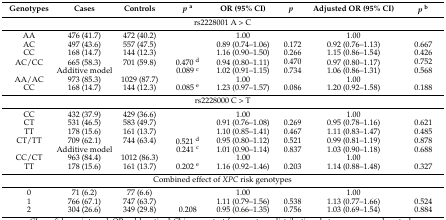
<table><thead><tr><td><b>Genotypes</b></td><td><b>Cases</b></td><td><b>Controls</b></td><td><b><i>p</i><sup>a</sup></b></td><td><b>OR (95% CI)</b></td><td><b><i>p</i></b></td><td><b>Adjusted OR (95% CI)</b></td><td><b><i>p</i><sup>b</sup></b></td></tr></thead><tbody><tr><td colspan="8">rs2228001 A &gt; C</td></tr><tr><td>AA</td><td>476 (41.7)</td><td>472 (40.2)</td><td></td><td>1.00</td><td></td><td>1.00</td><td></td></tr><tr><td>AC</td><td>497 (43.6)</td><td>557 (47.5)</td><td></td><td>0.89 (0.74–1.06)</td><td>0.172</td><td>0.92 (0.76–1.13)</td><td>0.667</td></tr><tr><td>CC</td><td>168 (14.7)</td><td>144 (12.3)</td><td></td><td>1.16 (0.90–1.50)</td><td>0.266</td><td>1.15 (0.86–1.54)</td><td>0.426</td></tr><tr><td>AC/CC</td><td>665 (58.3)</td><td>701 (59.8)</td><td>0.470 <sup>d</sup></td><td>0.94 (0.80–1.11)</td><td>0.470</td><td>0.97 (0.80–1.17)</td><td>0.752</td></tr><tr><td colspan="3">Additive model</td><td>0.089 <sup>c</sup></td><td>1.02 (0.91–1.15)</td><td>0.734</td><td>1.06 (0.86–1.31)</td><td>0.568</td></tr><tr><td>AA/AC</td><td>973 (85.3)</td><td>1029 (87.7)</td><td></td><td>1.00</td><td></td><td>1.00</td><td></td></tr><tr><td>CC</td><td>168 (14.7)</td><td>144 (12.3)</td><td>0.085 <sup>e</sup></td><td>1.23 (0.97–1.57)</td><td>0.086</td><td>1.20 (0.92–1.58)</td><td>0.188</td></tr><tr><td colspan="8">rs2228000 C &gt; T</td></tr><tr><td>CC</td><td>432 (37.9)</td><td>429 (36.6)</td><td></td><td>1.00</td><td></td><td>1.00</td><td></td></tr><tr><td>CT</td><td>531 (46.5)</td><td>583 (49.7)</td><td></td><td>0.91 (0.76–1.08)</td><td>0.269</td><td>0.95 (0.78–1.16)</td><td>0.621</td></tr><tr><td>TT</td><td>178 (15.6)</td><td>161 (13.7)</td><td></td><td>1.10 (0.85–1.41)</td><td>0.467</td><td>1.11 (0.83–1.47)</td><td>0.485</td></tr><tr><td>CT/TT</td><td>709 (62.1)</td><td>744 (63.4)</td><td>0.521 <sup>d</sup></td><td>0.95 (0.80–1.12)</td><td>0.521</td><td>0.99 (0.81–1.19)</td><td>0.878</td></tr><tr><td colspan="3">Additive model</td><td>0.241 <sup>c</sup></td><td>1.01 (0.90–1.14)</td><td>0.837</td><td>1.03 (0.90–1.18)</td><td>0.688</td></tr><tr><td>CC/CT</td><td>963 (84.4)</td><td>1012 (86.3)</td><td></td><td>1.00</td><td></td><td>1.00</td><td></td></tr><tr><td>TT</td><td>178 (15.6)</td><td>161 (13.7)</td><td>0.202 <sup>e</sup></td><td>1.16 (0.92–1.46)</td><td>0.203</td><td>1.14 (0.88–1.48)</td><td>0.327</td></tr><tr><td colspan="8">Combined effect of <i>XPC</i> risk genotypes</td></tr><tr><td>0</td><td>71 (6.2)</td><td>77 (6.6)</td><td></td><td>1.00</td><td></td><td>1.00</td><td></td></tr><tr><td>1</td><td>766 (67.1)</td><td>747 (63.7)</td><td></td><td>1.11 (0.79–1.56)</td><td>0.538</td><td>1.13 (0.77–1.66)</td><td>0.524</td></tr><tr><td>2</td><td>304 (26.6)</td><td>349 (29.8)</td><td>0.208</td><td>0.95 (0.66–1.35)</td><td>0.756</td><td>1.03 (0.69–1.54)</td><td>0.884</td></tr></tbody></table>